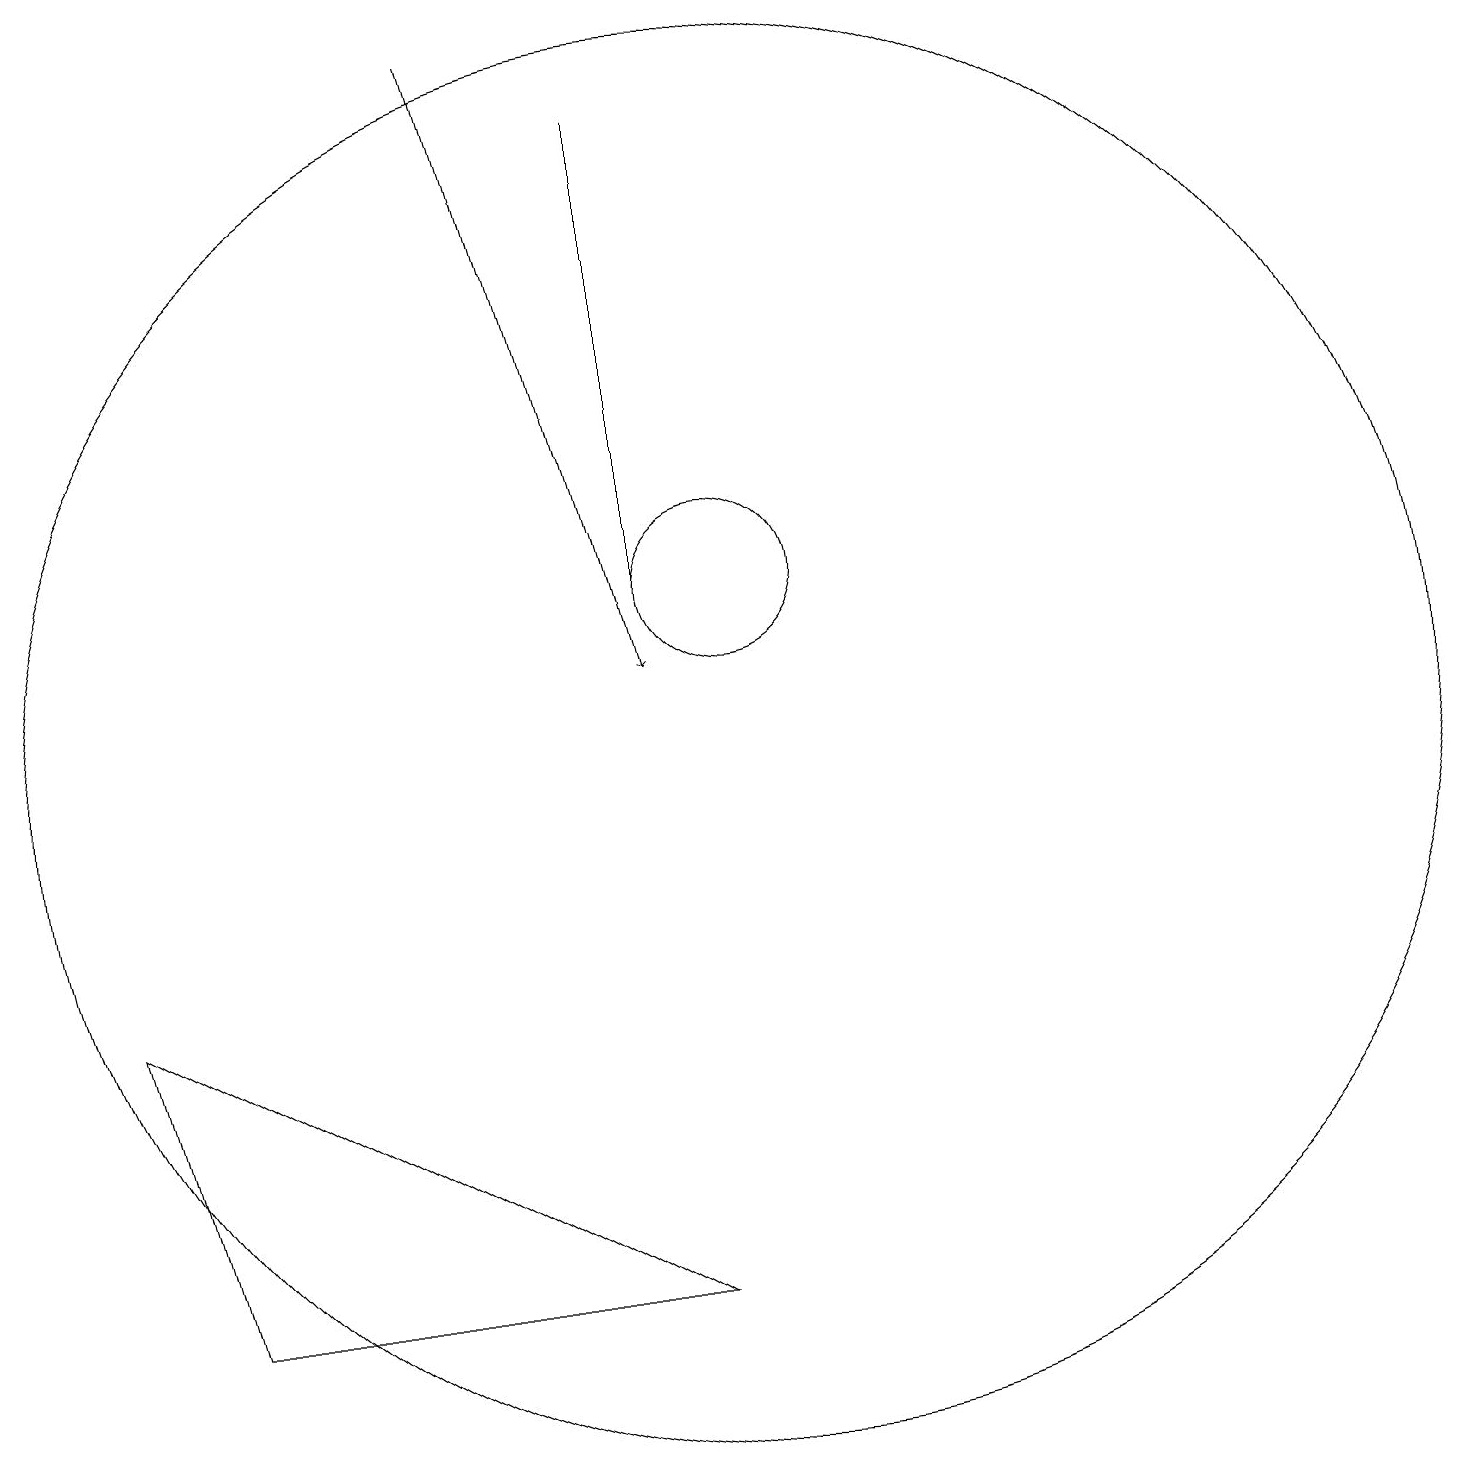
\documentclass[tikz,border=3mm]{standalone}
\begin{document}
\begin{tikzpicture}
\draw[->] (7,19) -- (9,11);
\draw (10,12) circle (1);
\draw (11,11) circle (0);
\draw (9,3) -- (3,3) -- (2,7) -- cycle;
\draw (10,10) circle (9);
\draw (9,12) rectangle (9,18);
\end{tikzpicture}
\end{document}